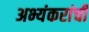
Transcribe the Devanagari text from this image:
अभ्यंकरांची